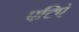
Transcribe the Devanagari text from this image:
एटिएं